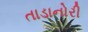
તાડાનોરી